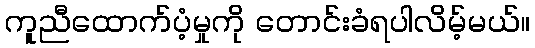
ကူညီထောက်ပံ့မှုကို တောင်းခံရပါလိမ့်မယ်။